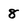
Character: 8